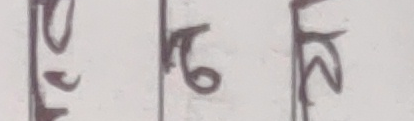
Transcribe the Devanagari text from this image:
स्र